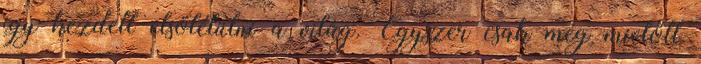
így kezdett elsötétülni a világ. Egyszer csak még mielőtt